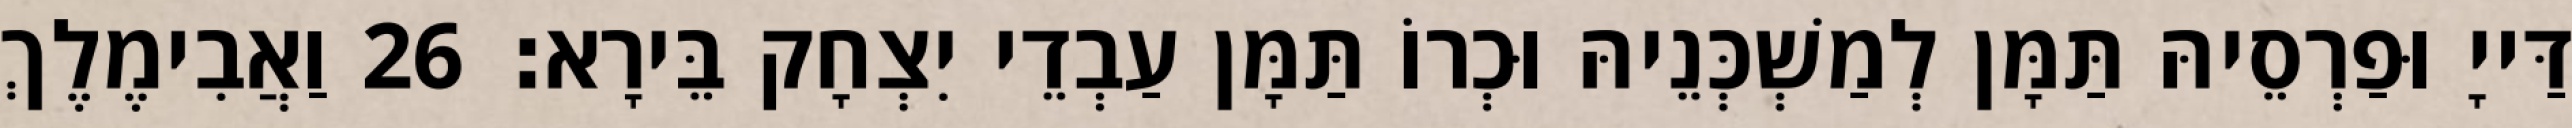
דַּייָ וּפַרְסֵיהּ תַּמָּן לְמַשְׁכְּנֵיהּ וּכְרוֹ תַּמָּן עַבְדֵי יִצְחָק בֵּירָא׃ 26 וַאֲבִימֶלֶךְ